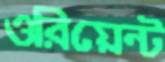
ওরিয়েন্ট